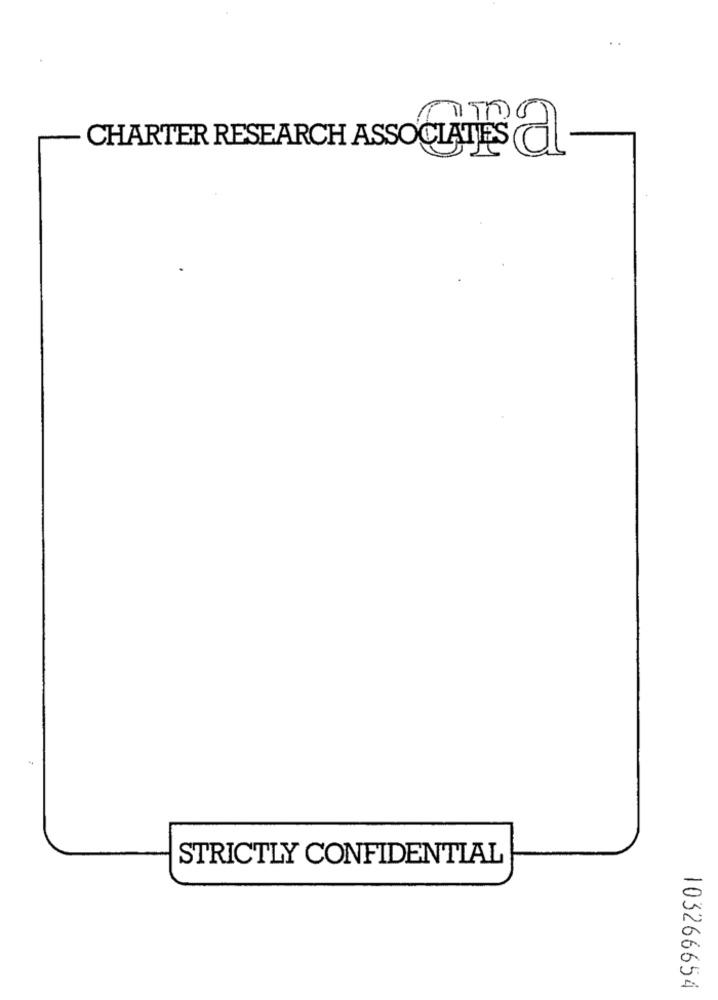
CHARTER RESEARCH ASSOCIATES CI
STRICTLY CONFIDENTIAL
103266654